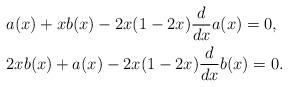
LaTeX: \begin{align*}&a(x)+xb(x)-2x(1-2x)\frac{d}{dx}a(x)=0,\\&2xb(x)+a(x)-2x(1-2x)\frac{d}{dx}b(x)=0.\end{align*}